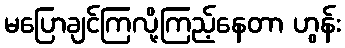
မပြောချင်ကြလို့ကြည့်နေတာ ဟွန်း